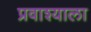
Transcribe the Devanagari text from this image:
प्रवाश्याला